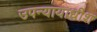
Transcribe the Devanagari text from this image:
उपन्यायाधीश